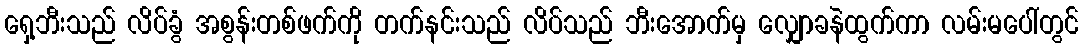
ရှေ့ဘီးသည် လိပ်ခွံ အစွန်းတစ်ဖက်ကို တက်နင်းသည် လိပ်သည် ဘီးအောက်မှ လျှောခနဲထွက်ကာ လမ်းမပေါ်တွင်